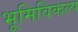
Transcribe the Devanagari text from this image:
भूमिविकल्प